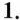
1.